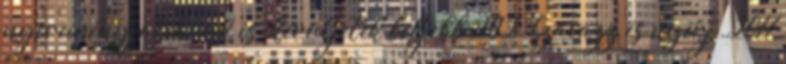
nyereményjátékunk is, kerüljetek beljebb 292 Szavazz és nyerj 2017